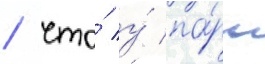
/ что́ у́ па́ры